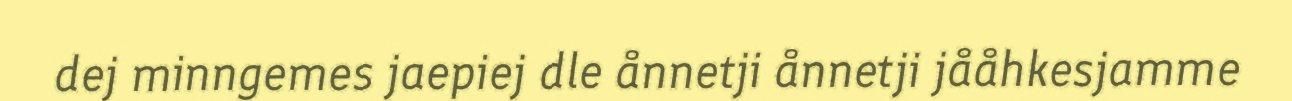
dej minngemes jaepiej dle ånnetji ånnetji jååhkesjamme